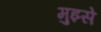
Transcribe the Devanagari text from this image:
मुझ्से